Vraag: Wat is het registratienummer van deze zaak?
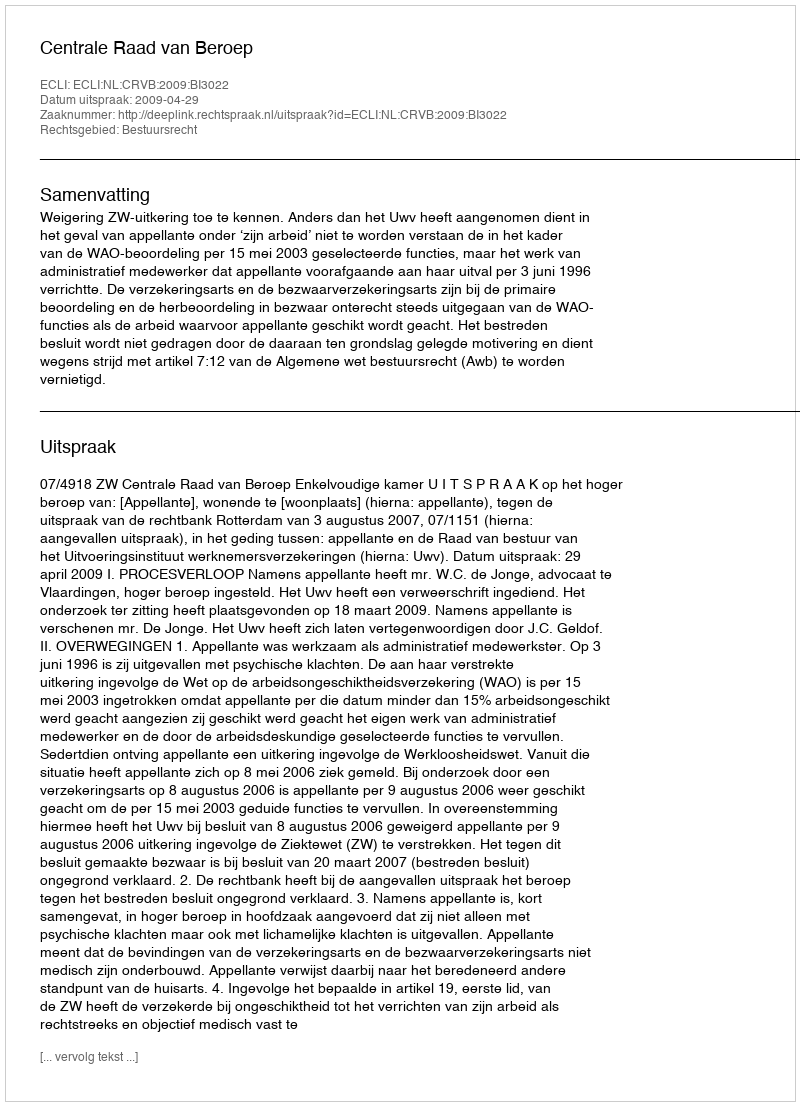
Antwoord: http://deeplink.rechtspraak.nl/uitspraak?id=ECLI:NL:CRVB:2009:BI3022